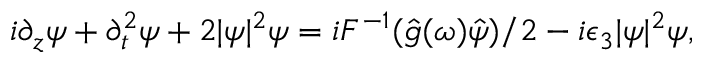
\begin{array} { r } { i \partial _ { z } \psi + \partial _ { t } ^ { 2 } \psi + 2 | \psi | ^ { 2 } \psi = i { \cal F } ^ { - 1 } ( \hat { g } ( \omega ) \hat { \psi } ) / 2 - i \epsilon _ { 3 } | \psi | ^ { 2 } \psi , } \end{array}